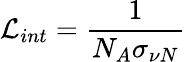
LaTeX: {\cal L}_{int}={\frac{1}{N_{A}\sigma_{\nu N}}}